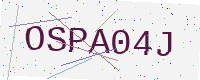
Text: OSPA04J